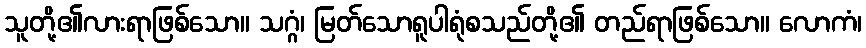
သူတို့၏လားရာဖြစ်သော။ သဂ္ဂံ၊ မြတ်သောရူပါရုံစသည်တို့၏ တည်ရာဖြစ်သော။ လောကံ၊